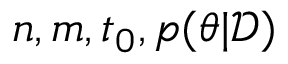
n , m , t _ { 0 } , p ( \theta | \mathcal { D } )